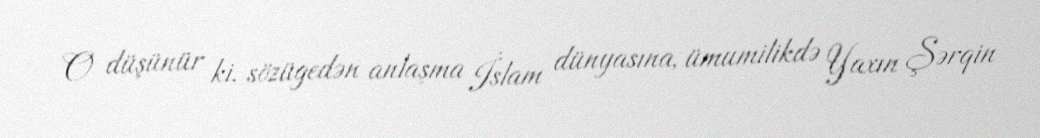
O düşünür ki, sözügedən anlaşma İslam dünyasına, ümumilikdə Yaxın Şərqin